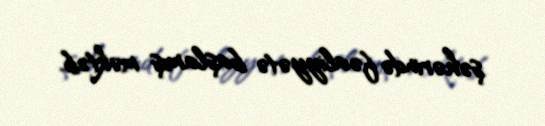
şəhərində fəaliyyətə başlamış məktəb.